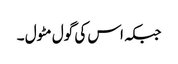
جبکہ اس کی گول مٹول ۔